Report of the King Institute of Preventive Medicine, Guindy
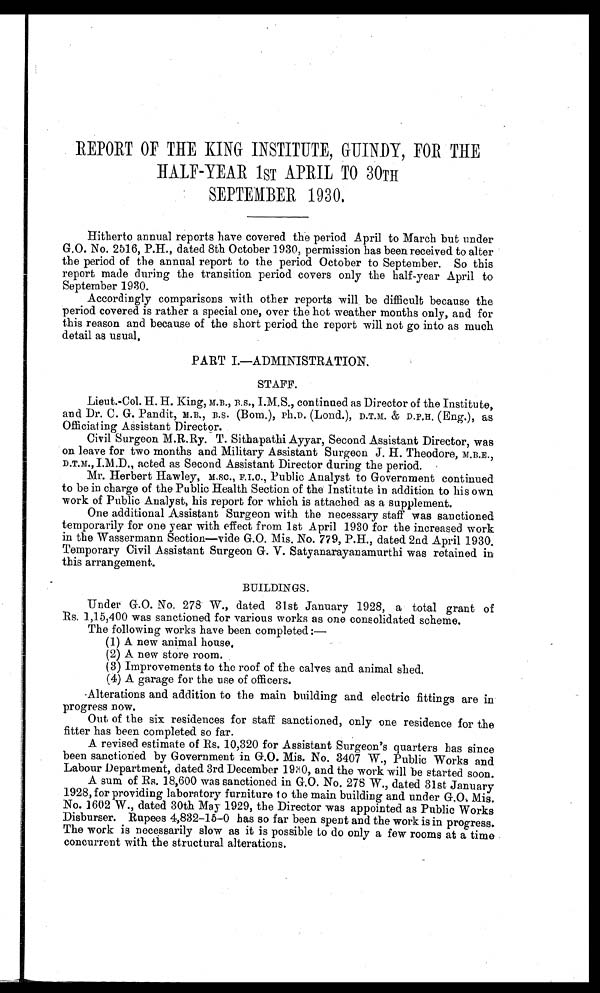
REPORT OF THE KING INSTITUTE, GUINDY, FOR THE
HALF-YEAR 1ST APRIL TO 30TH
SEPTEMBER 1930.
Hitherto annual reports have covered the period April to March but under
G.O. No. 2516, P.H., dated 8th October 1930, permission has been received to alter
the period of the annual report to the period October to September. So this
report made during the transition period covers only the half-year April to
September 1930.
Accordingly comparisons with other reports will be difficult because the
period covered is rather a special one, over the hot weather months only, and for
this reason and because of the short period the report will not go into as much
detail as usual.
PART I.—ADMINISTRATION.
STAFF.
Lieut.-Col. H. H. King, M.B., B.S., I.M.S., continued as Director of the Institute,
and Dr. C. G. Pandit, M.B., B.S. (Bom.), Ph.D. (Lond.),D.T.M. & D.P.H. (Eng.), as
Officiating Assistant Director.
Civil Surgeon M.R.Ry. T. Sithapathi Ayyar, Second Assistant Director, was
on leave for two months and Military Assistant Surgeon J. H. Theodore, M.B.E.,
D.T.M., I.M.D., acted as Second Assistant Director during the period.
Mr. Herbert Hawley, M.SC., F.I.C., Public Analyst to Government continued
to be in charge of the Public Health Section of the Institute in addition to his own
work of Public Analyst, his report for which is attached as a supplement.
One additional Assistant Surgeon with the necessary staff was sanctioned
temporarily for one year with effect from 1st April 1930 for the increased work
in the Wassermann Section—vide G.O. Mis. No. 779, P.H., dated 2nd. April 1930.
Temporary Civil Assistant Surgeon G. V. Satyanarayanamurthi was retained in
this arrangement.
BUILDINGS.
Under G.O. No. 278 W., dated 31st January 1928, a total grant of
Rs. 1,15,400 was sanctioned for various works as one consolidated scheme.
The following works have been completed :
—
(1) A new animal house.
(2) A new store room.
(3) Improvements to the roof of the calves and animal shed.
(4) A garage for the use of officers.
Alterations and addition to the main building and electric fittings are in
progress now.
Out of the six residences for staff sanctioned, only one residence for the
fitter has been completed so far.
A revised estimate of Rs. 10,320 for Assistant Surgeon's quarters has since
been sanctioned by Government in G.O. Mis. No. 3407 W., Public Works and
Labour Department, dated 3rd December 1930, and the work will be started soon.
A sum of Rs. 18,600 was sanctioned in G.O. No. 278 W., dated 31st January
1928, for providing laboratory furniture to the main building and under G.O. Mis.
No. 1602 W., dated 30th May 1929, the Director was appointed as Public Works
Disburser. Rupees 4,832-15-0 has so far been spent and the work is in progress.
The work is necessarily slow as it is possible to do only a few rooms at a time
concurrent with the structural alterations.